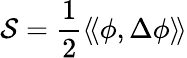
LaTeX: {\mathcal{S}}={\frac{1}{2}}\langle\! \langle\phi,\Delta\phi\rangle\! \rangle